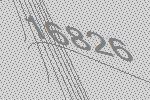
16826